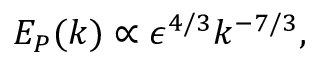
E _ { P } ( k ) \propto \epsilon ^ { 4 / 3 } k ^ { - 7 / 3 } ,